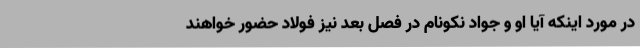
در مورد اینکه آیا او و جواد نکونام در فصل بعد نیز فولاد حضور خواهند